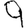
Digit: 9